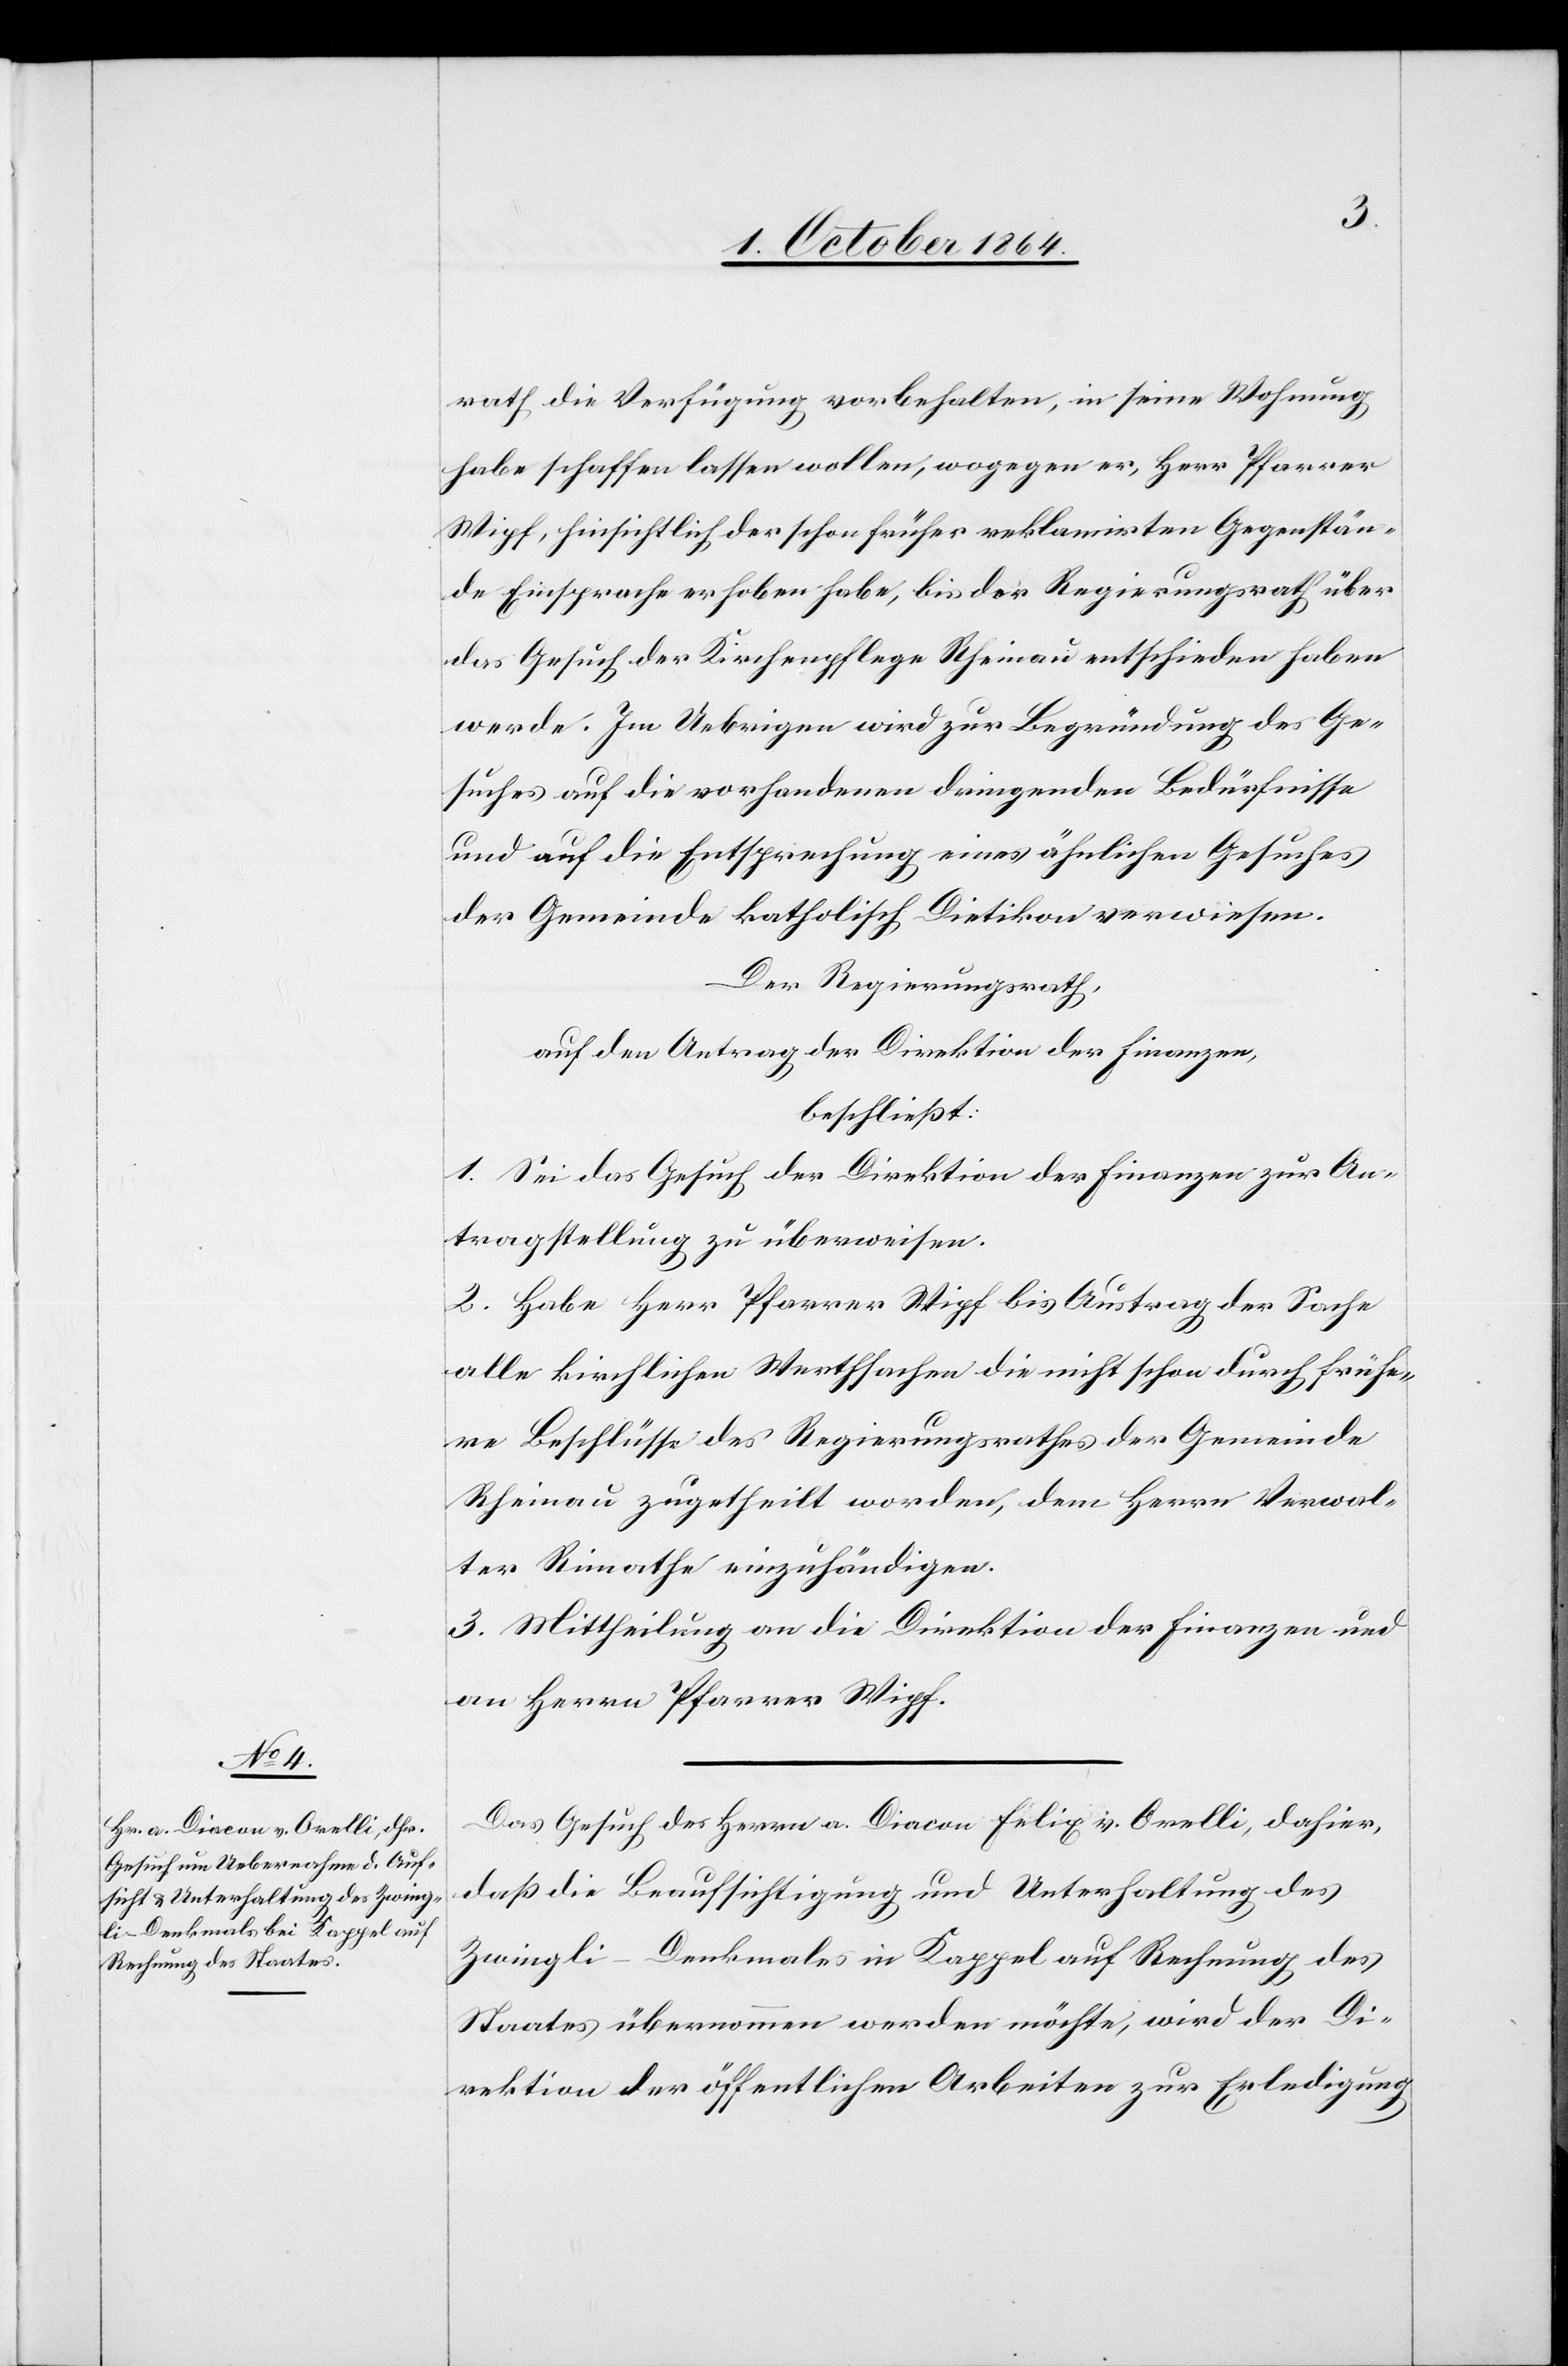
rath die Verfügung vorbehalten, in seine Wohnung
habe schaffen lassen wollen, wogegen er, Herr Pfarrer
Wipf, hinsichtlich der schon früher reklamirten Gegenstän¬
de Einsprache erhoben habe, bis der Regierungsrath über
das Gesuch der Kirchenpflege Rheinau entschieden haben
werde. Im Uebrigen wird zur Begründung des Ge¬
suches auf die vorhandenen dringenden Bedürfnisse
und auf die Entsprechung eines ähnlichen Gesuches
der Gemeinde katholisch Dietikon verwiesen.
Der Regierungsrath,
auf den Antrag der Direktion der Finanzen,
beschließt:
1. Sei das Gesuch der Direktion der Finanzen zur An¬
tragstellung zu überweisen.
2. Habe Herr Pfarrer Wipf bis Austrag der Sache
alle kirchlichen Werthsachen die nicht schon durch frühe¬
re Beschlüsse des Regierungsrathes der Gemeinde
Rheinau zugetheilt worden, dem Herrn Verwal¬
ter Rimathe [sic!] einzuhändigen.
3. Mittheilung an die Direktion der Finanzen und
an Herrn Pfarrer Wipf.
Das Gesuch des Herrn a. Diacon Felix v. Orelli, dahier,
daß die Beaufsichtigung und Unterhaltung des
Zwingli-Denkmals in Kappel auf Rechnung des
Staates übernommen werden möchte, wird der Di¬
rektion der öffentlichen Arbeiten zur Erledigung